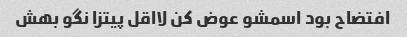
افتضاح بود اسمشو عوض کن لااقل پیتزا نگو بهش